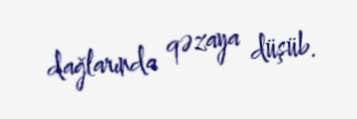
dağlarında qəzaya düşüb.